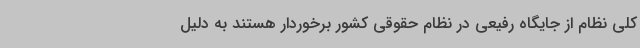
کلی نظام از جایگاه رفیعی در نظام حقوقی کشور برخوردار هستند به دلیل